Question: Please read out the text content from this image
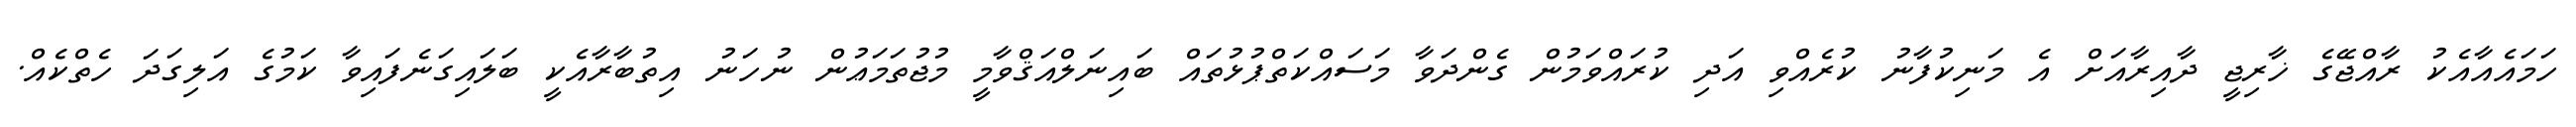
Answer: ހަމައެއާއެކު ރާއްޖޭގެ ޚާރިޖީ ދާއިރާއަށް އެ މަނިކުފާނު ކުރެއްވި އަދި ކުރައްވަމުން ގެންދަވާ މަސައްކަތްޕުޅުތައް ބައިނަލްއަޤްވާމީ މުޖުތަމަޢުން ނުހަނު އިތުބާރާއެކީ ބަލައިގަނެފައިވާ ކަމުގެ އަލިގަދަ ހެތްކެއް.